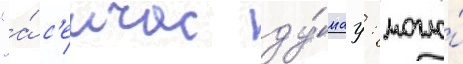
"а́ с'еичас ду́мау: могло́